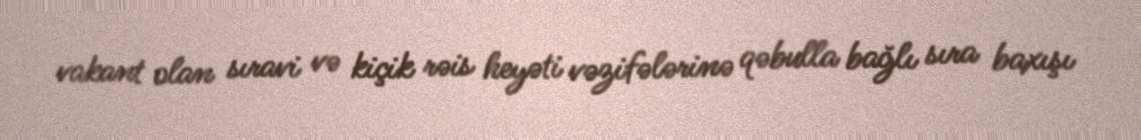
vakant olan sıravi və kiçik rəis heyəti vəzifələrinə qəbulla bağlı sıra baxışı